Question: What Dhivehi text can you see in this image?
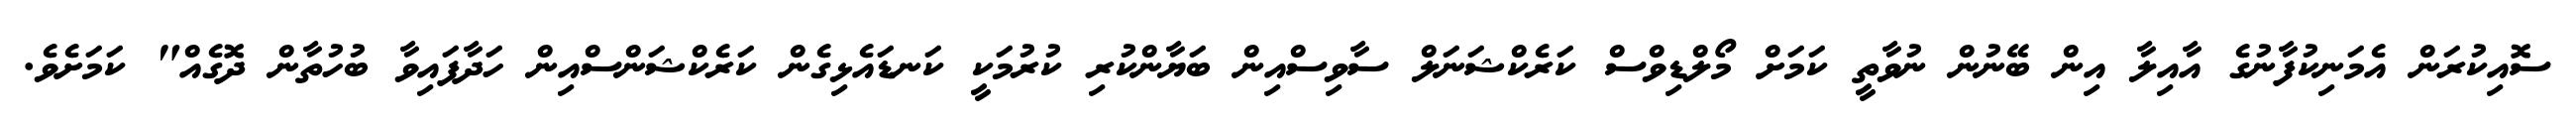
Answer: ސޮއިކުރަން އެމަނިކުފާނުގެ އާއިލާ އިން ބޭނުން ނުވާތީ ކަމަށް މޯލްޑިވްސް ކަރެކްޝަނަލް ސާވިސްއިން ބަޔާންކުރި ކުރުމަކީ ކަނޑައެޅިގެން ކަރެކްޝަންސްއިން ހަދާފައިވާ ބުހުތާން ދޮގެއް" ކަމަށެވެ.